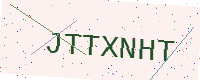
Text: JTTXNHT